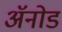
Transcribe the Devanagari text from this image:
अॅनोड